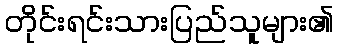
တိုင်းရင်းသားပြည်သူများ၏